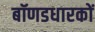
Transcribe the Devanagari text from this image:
बॉणडधारकों